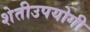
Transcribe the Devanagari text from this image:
शेतीउपयोगी